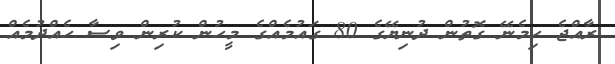
ރާއްޖެ ހިމެނޭ ގޮތުން ދުނިޔޭގެ 80 ގައުމެއްގެ މީހުން ކުރިން ވިސާ ހެއްދުމެއް